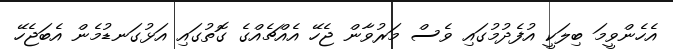
އެހެންވީމަ ބިލަކީ އުފެދުމުގައި ވެސް މަރުވާން ޖެހޭ އެއްޗެއްގެ ގޮތުގައި އަޅުގަނޑުމެން އެބަޖެހޭ